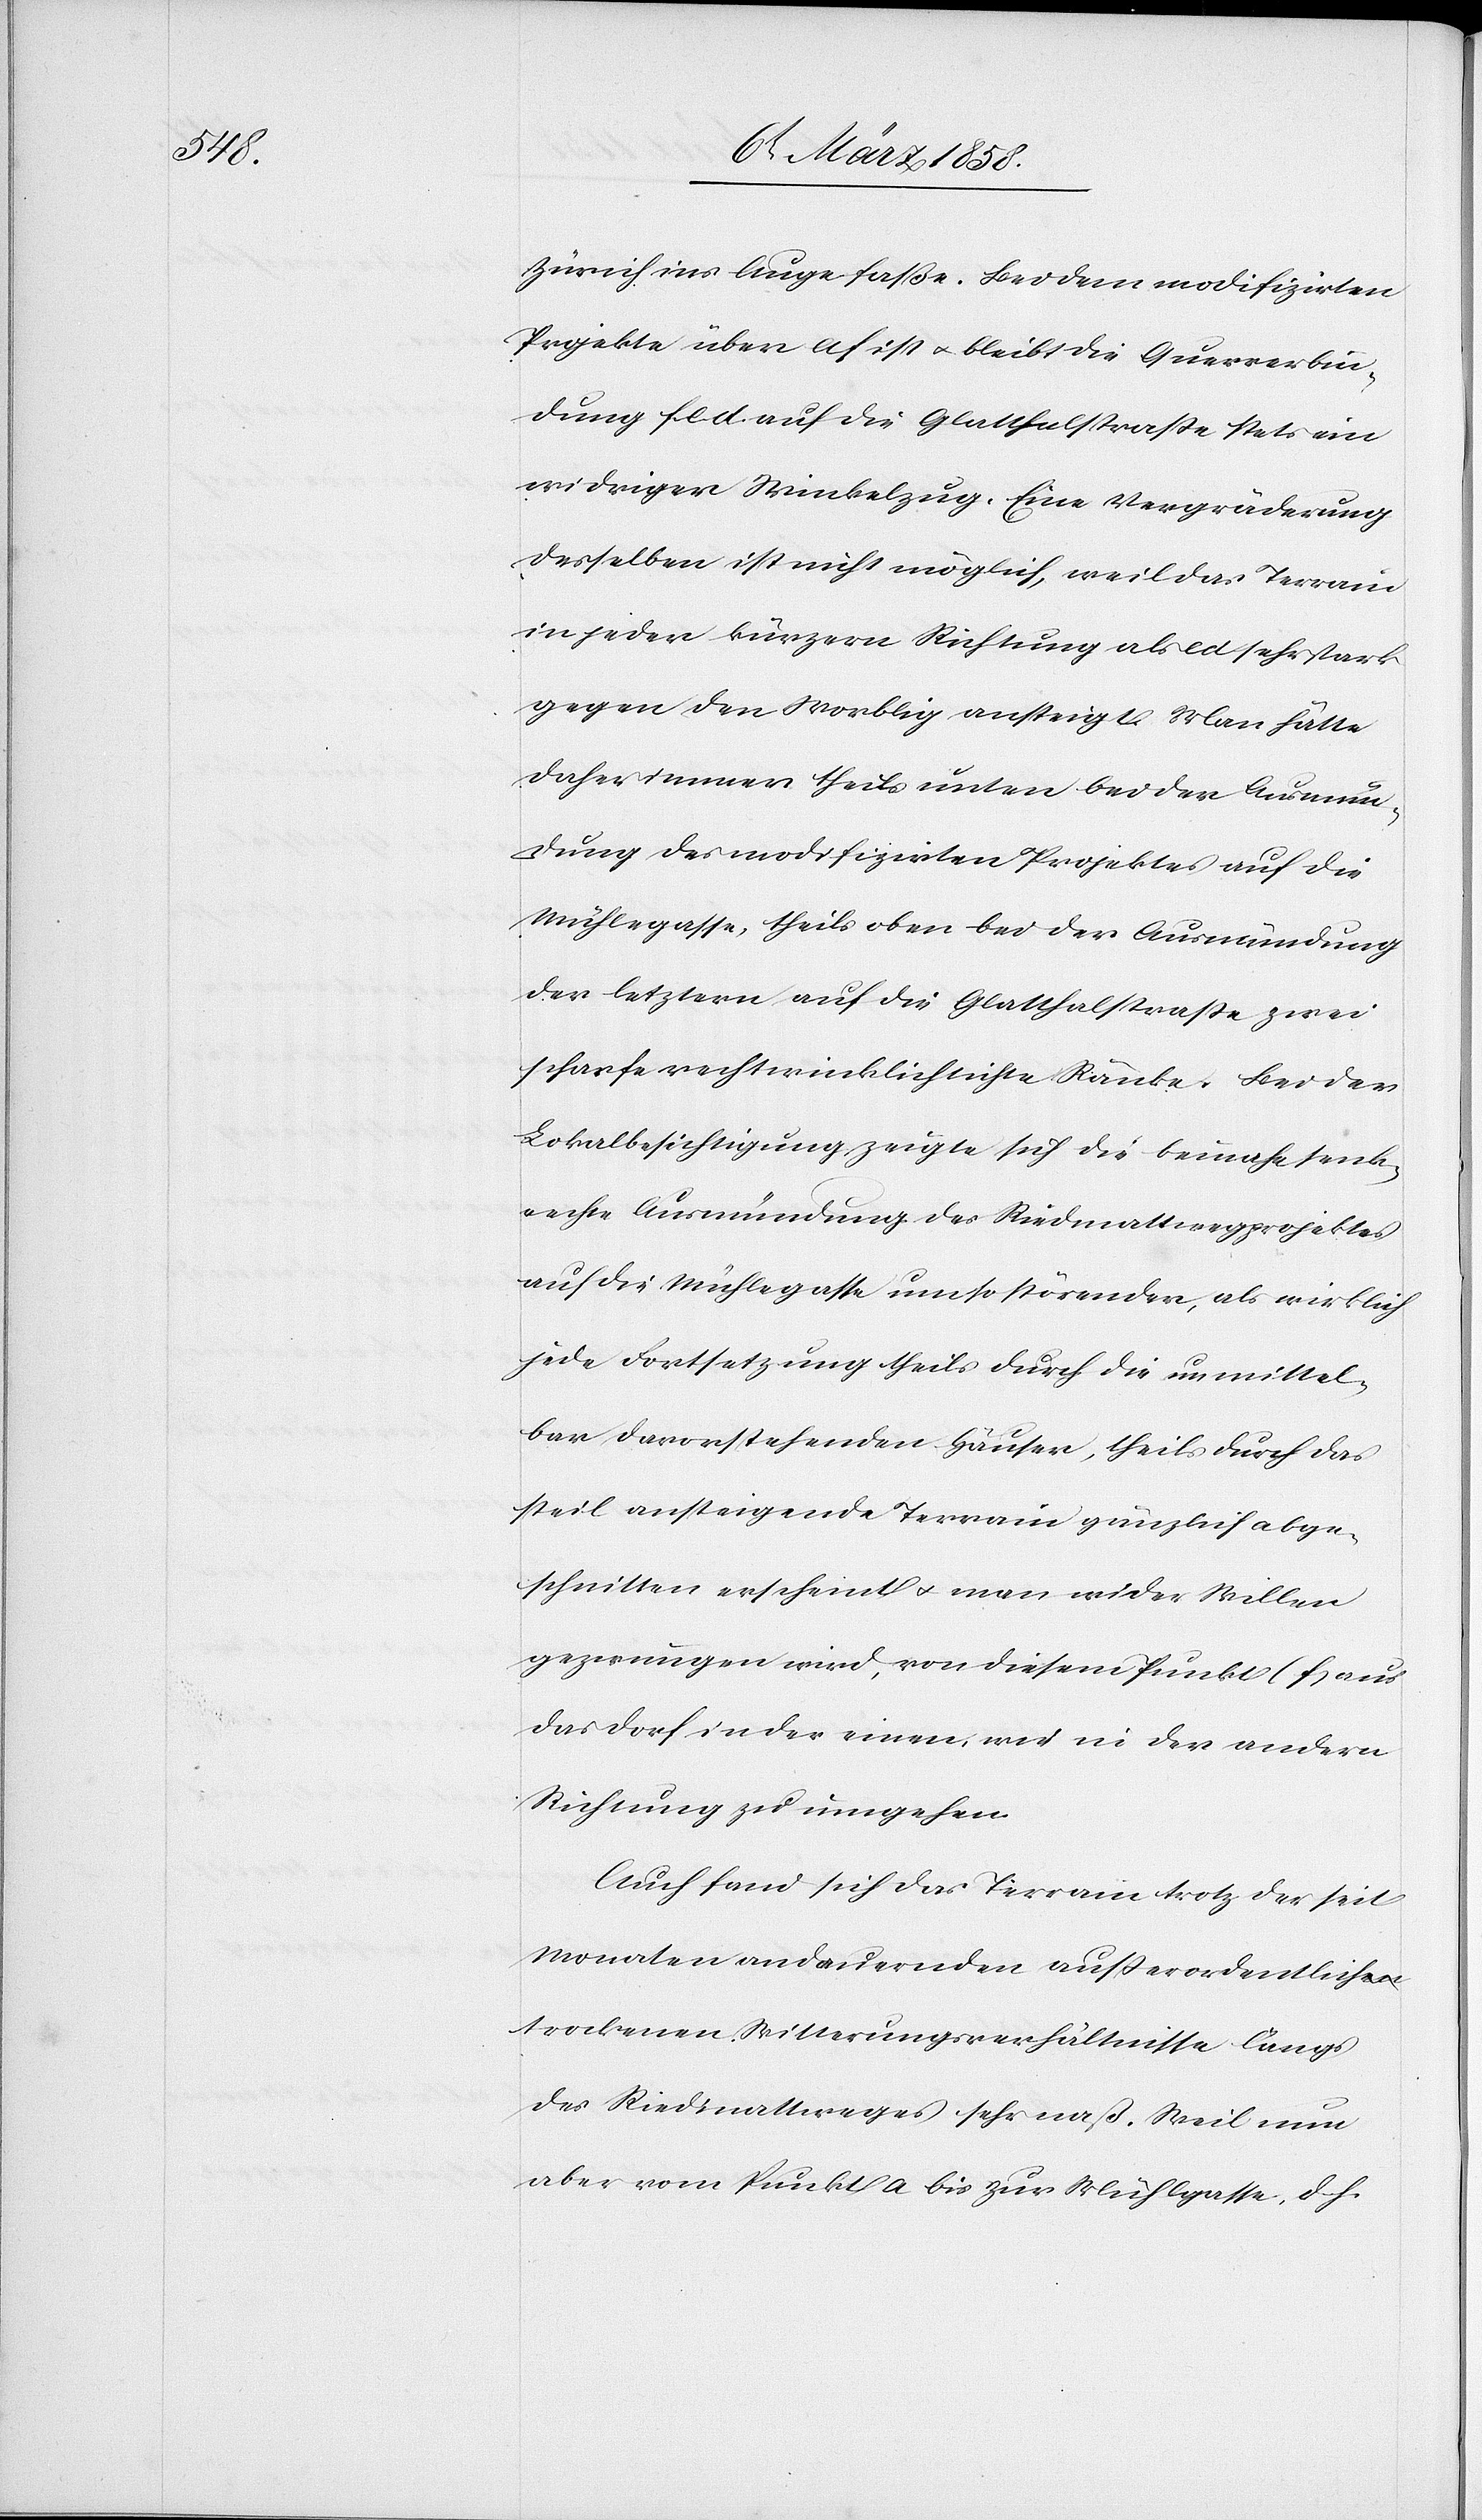
Zürich ins Auge faße. Bei dem modifizirten
Projekte über af ist u. bleibt die Querverbin¬
dung fed auf die Glatthalstraße stets ein
niedriger Winkelzug. Eine Vergräderung
desselben ist nicht möglich, weil das Terrain
in jeder kürzern Richtung als ed sehr stark
gegen den Mosblig ansteigt. Man hätte
daher immer theils unten bei der Ausmün¬
dung des modifizirten Projektes auf die
Mühlegasse, theils oben bei der Ausmündung
der letztern auf die Glatthalstraße zwei
scharfe rechtwinklichte Ränke. Bei der
Lokalbesichtigung zeigte sich die beinahe senk¬
rechte Ausmündung des Riedmattwegprojektes
auf die Mühlegasse um so störender, als wirklich
jede Fortsetzung theils durch die unmittel¬
bar davorstehenden Häuser, theils durch das
steil ansteigende Terrain gänzlich abge¬
schnitten erscheint u. man wider Willen
gezwungen wird, von diesem Punkt (f.) aus
das Dorf in der einen, wie in der andern
Richtung zu umgehen.
Auch fand sich das Terrain trotz der seit
Monaten andauernden außerordentlich
trockenen Witterungsverhältnisse längs
des Riedmattweges sehr naß. Weil nun
aber vom Punkt a bis zur Mühlegasse, d. h.